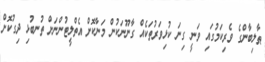
ޠާލިބާންގެ ވެރިކަމުގައި ވަނީ ގިނަ ކުޅިވަރުތަކެއް ގާނޫނަކުން މަނާކޮށް އެތްލީޓުންނަށް ތުނބުޅި ދިގުކޮށް